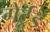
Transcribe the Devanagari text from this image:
गेर्ट्रुड